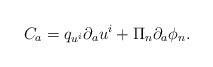
LaTeX: \begin{align*}C_a = q_{u^i}\partial_a u^i + \Pi_n\partial_a\phi_n.\end{align*}